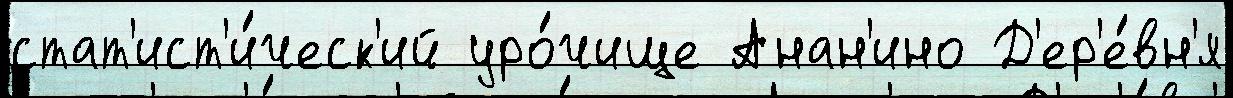
стат'ист'и́ческ'ий уро́чище Анан'ино Д'ер'е́вн'я